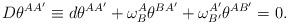
LaTeX: \begin{align*}D\theta^{AA^{\prime}}\equiv d\theta^{AA^{\prime}}+\omega_{B}^{A}\theta^{BA^{\prime}}+\omega_{B^{\prime}}^{A^{\prime}}\theta^{AB^{\prime}}=0.\end{align*}